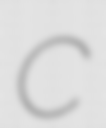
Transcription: C